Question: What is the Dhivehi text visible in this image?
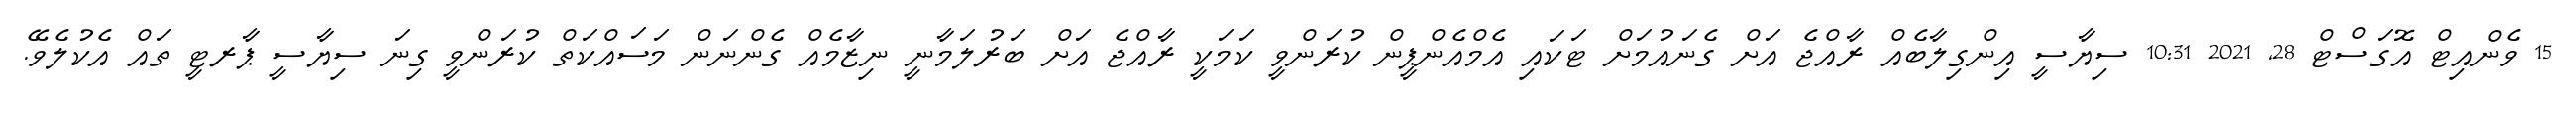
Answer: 15 ވެންއިޓް އޮގަސްޓް 28, 2021 10:31 ސިޔާސީ އިންގިލާބެއް ރާއްޖެ އަށް ގެނައުމަށް ޓަކައި އެމްއެންޕީން ކުރަންވީ ކަމަކީ ރާއްޖެ އަށް ބަރުލަމާނީ ނިޒާމެއް ގެންނަން މަސައްކަތް ކުރަންވީ ގިނަ ސިޔާސީ ޕާރޓީ ތައް އެކުލެވޭ.